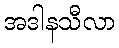
အဒါနသီလာ